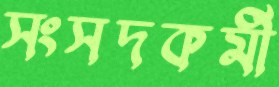
সংসদকর্মী